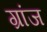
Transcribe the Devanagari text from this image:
ग्रांज